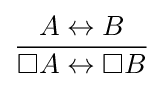
{\frac {A\leftrightarrow B}{\Box A\leftrightarrow \Box B}}